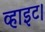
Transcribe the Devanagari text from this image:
व्हाइट।